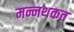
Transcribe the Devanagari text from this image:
मन्नथकत